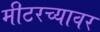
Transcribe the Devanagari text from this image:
मीटरच्यावर